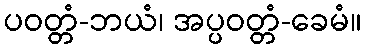
ပဝတ္တံ-ဘယံ၊ အပ္ပဝတ္တံ-ခေမံ။